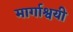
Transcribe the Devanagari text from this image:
मार्गाश्वयी